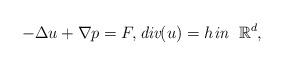
LaTeX: \begin{align*}-\Delta u + \nabla p = F, \emph{div}(u) = h \emph{in}~~\mathbb{R}^d,\end{align*}